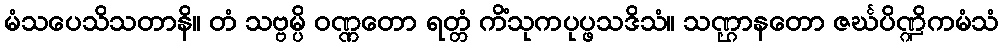
မံသပေသိသတာနိ။ တံ သဗ္ဗမ္ပိ ဝဏ္ဏတော ရတ္တံ ကိံသုကပုပ္ဖသဒိသံ။ သဏ္ဌာနတော ဇင်္ဃပိဏ္ဍိကမံသံ